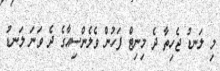
މި ލަނޑު ޖެހިތާ ދެ މިނިޓް ފަހުން ވެލެންސިއާގެ ދެ ވަނަ ލަނޑު